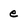
Character: e